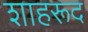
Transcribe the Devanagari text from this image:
शाहरूद